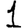
Digit: 1